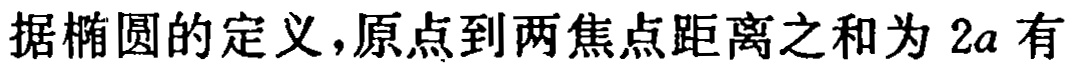
据椭圆的定义，原点到两焦点距离之和为 \(2a\) 有